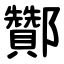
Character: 酇